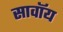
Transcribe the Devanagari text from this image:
सावॉय